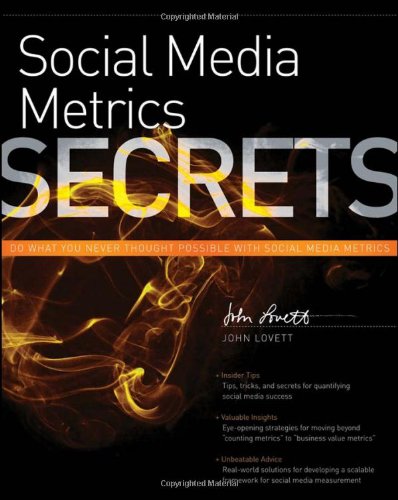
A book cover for Social Media Metrics Secrets; John Lovett; Computers & Technology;